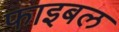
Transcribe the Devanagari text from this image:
फाइबल